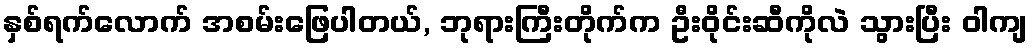
နှစ်ရက်လောက် အစမ်းဖြေပါတယ်, ဘုရားကြီးတိုက်က ဦးဝိုင်းဆီကိုလဲ သွားပြီး ဝါကျ